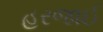
હરજાઈ